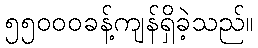
၅၅၀၀၀ခန့်ကျန်ရှိခဲ့သည်။